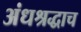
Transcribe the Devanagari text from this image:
अंधश्रद्धाच